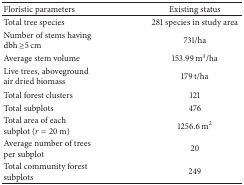
| Floristic parameters | Existing status |
 | --- | --- |
 | Total tree species | 281 species in study area |
 | Number of stems having dbh ≥5 cm | 731/ha |
 | Average stem volume | 153.99 m3/ha |
 | Live trees, aboveground air dried biomass | 179 t/ha |
 | Total forest clusters | 121 |
 | Total subplots | 476 |
 | Total area of each subplot (r = 20 m) | 1256.6 m2 |
 | Average number of trees per subplot | 20 |
 | Total community forest subplots | 249 |